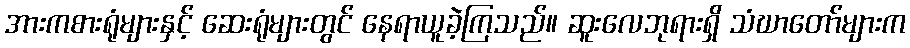
အားကစားရုံများနှင့် ဆေးရုံများတွင် နေရာယူခဲ့ကြသည်။ ဆူးလေဘုရားရှိ သံဃာတော်များက